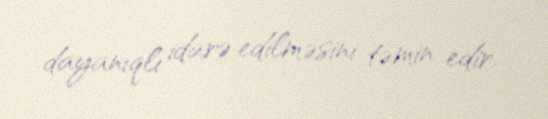
dayanıqlı idarə edilməsini təmin edir.